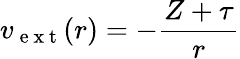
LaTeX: v_{\mathrm{~e~x~t~}}(r)=-\frac{Z+\tau}{r}